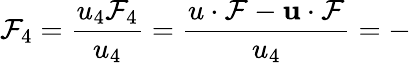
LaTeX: \mathcal{F}_{4}=\frac{{u_{4}\mathcal{F}_{4}}}{{u_{4}}}=\frac{{u\cdot\mathcal{F}-\mathbf{{u}}\cdot\mathbf{{\mathcal{F}}}}}{{u_{4}}}=-